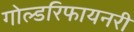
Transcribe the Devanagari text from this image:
गोल्डरिफायनरी